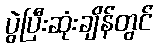
ပွဲပြီးဆုံးချိန်တွင်